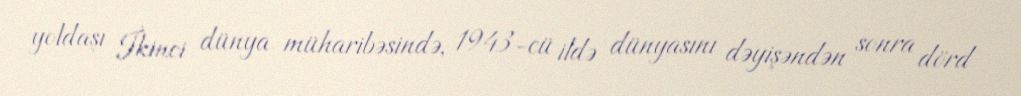
yoldaşı İkinci dünya müharibəsində, 1943-cü ildə dünyasını dəyişəndən sonra dörd